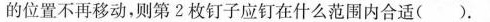
的位置不再移动，则第2枚钉子应钉在什么范围内合适( )。